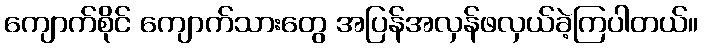
ကျောက်စိုင် ကျောက်သားတွေ အပြန်အလှန်ဖလှယ်ခဲ့ကြပါတယ်။